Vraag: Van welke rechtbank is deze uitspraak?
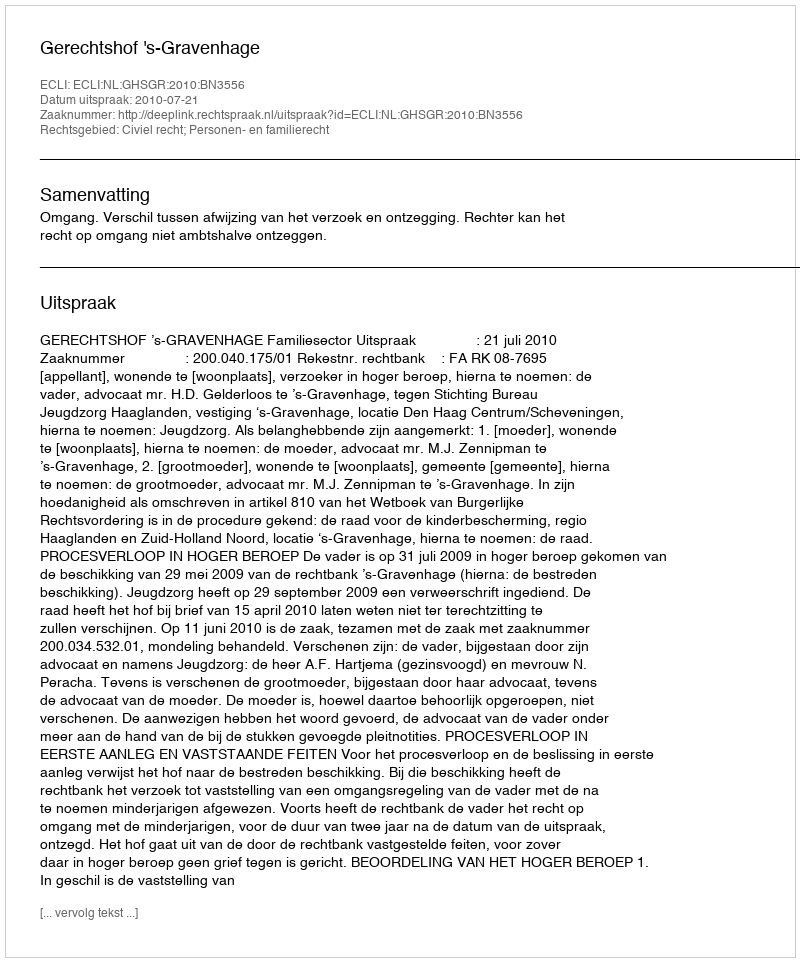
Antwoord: Gerechtshof 's-Gravenhage